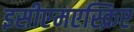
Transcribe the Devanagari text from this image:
इसीएमएस्क्रिप्ट